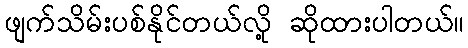
ဖျက်သိမ်းပစ်နိုင်တယ်လို့ ဆိုထားပါတယ်။